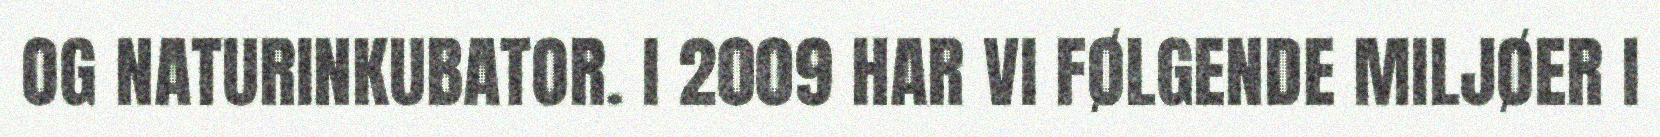
OG NATURINKUBATOR. I 2009 HAR VI FØLGENDE MILJØER I